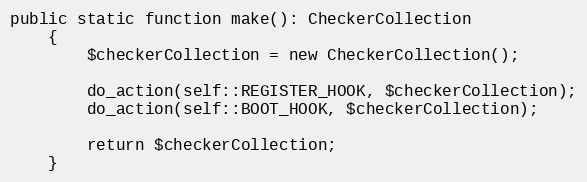
Language: PHP
public static function make(): CheckerCollection
    {
        $checkerCollection = new CheckerCollection();

        do_action(self::REGISTER_HOOK, $checkerCollection);
        do_action(self::BOOT_HOOK, $checkerCollection);

        return $checkerCollection;
    }